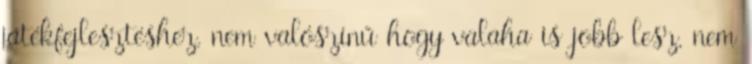
játékfejlesztéshez, nem valószínű hogy valaha is jobb lesz, nem